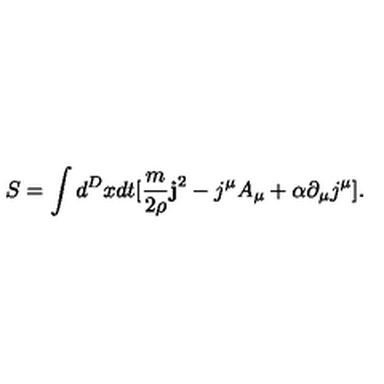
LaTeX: S = \int d ^ { D } x d t [ \frac { m } { 2 \rho } { \bf j } ^ { 2 } - j ^ { \mu } A _ { \mu } + \alpha \partial _ { \mu } j ^ { \mu } ] .